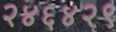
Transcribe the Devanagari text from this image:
२४६४२९